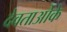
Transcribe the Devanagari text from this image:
देवताओंके